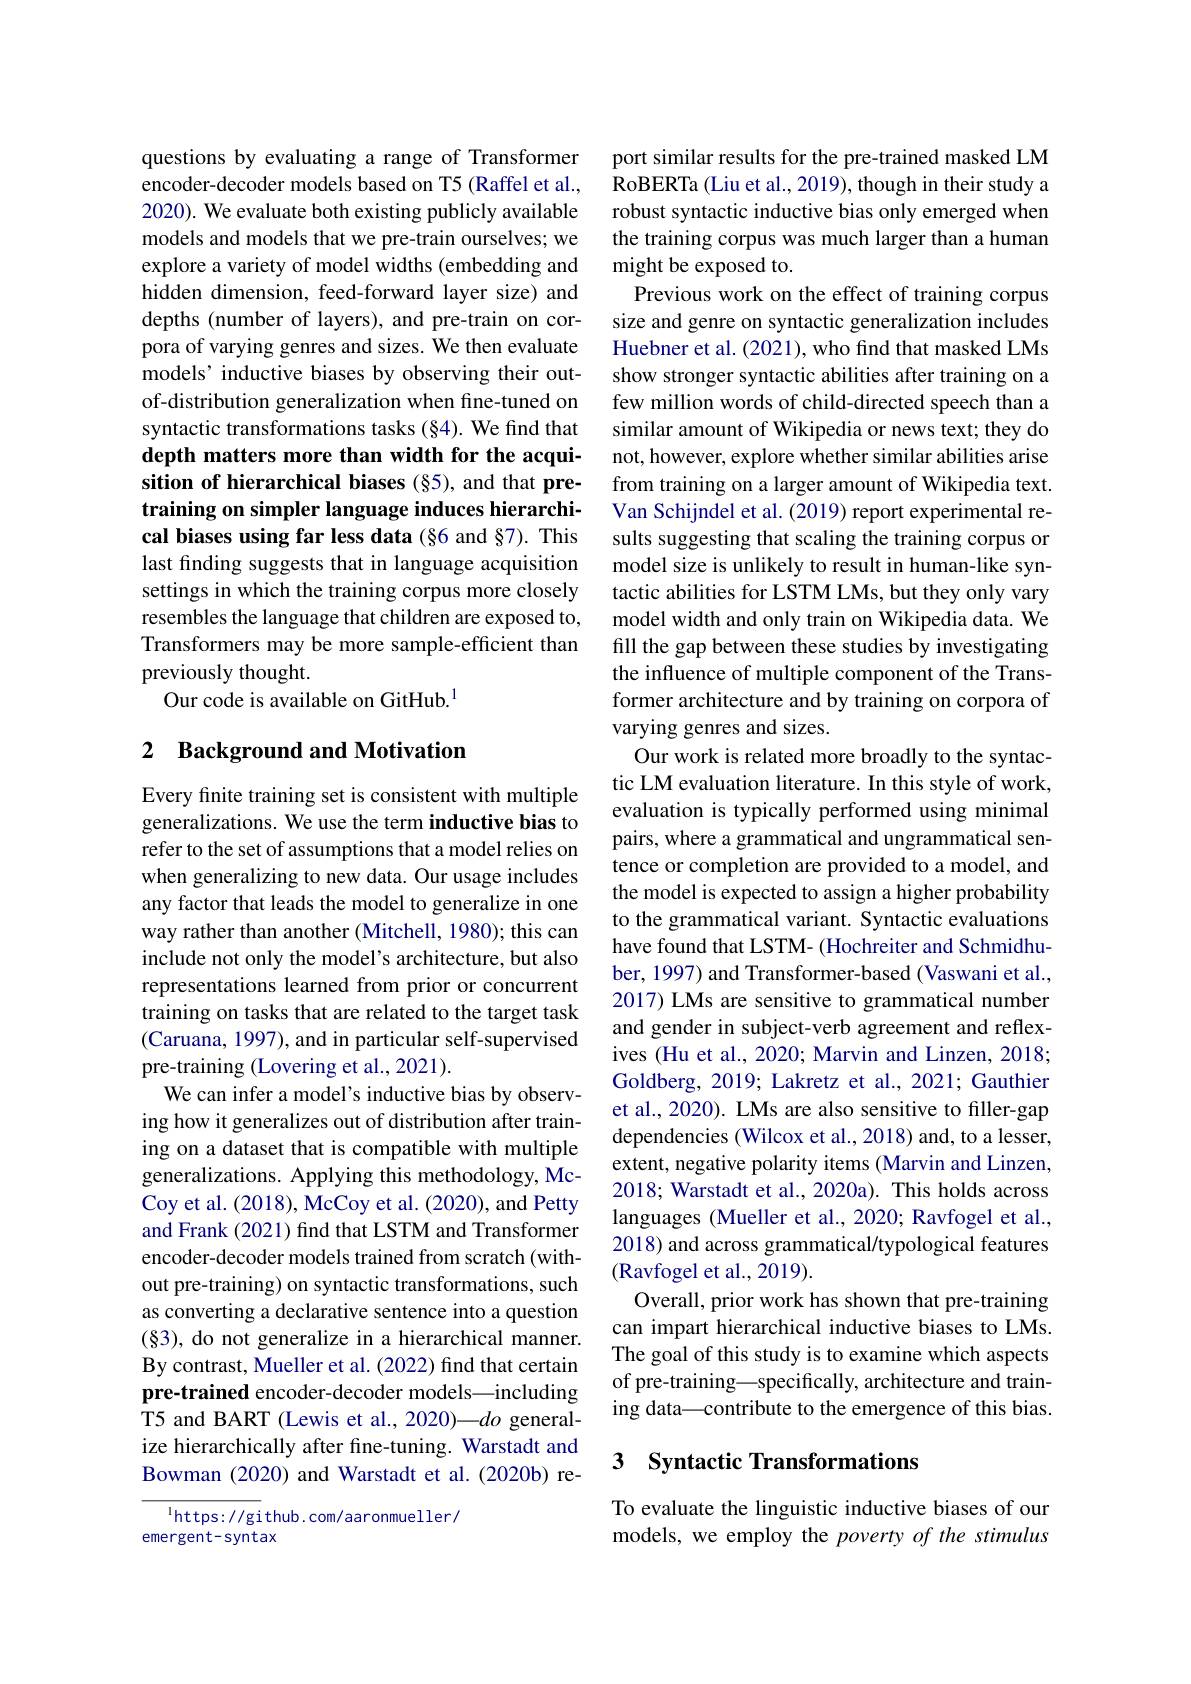
questions by evaluating a range of Transformer encoder-decoder models based on T5 (Raffel et al., 2020). We evaluate both existing publicly available models and models that we pre-train ourselves; we explore a variety of model widths (embedding and hidden dimension, feed-forward layer size) and depths (number of layers), and pre-train on corpora of varying genres and sizes. We then evaluate models’ inductive biases by observing their outof-distribution generalization when fine-tuned on syntactic transformations tasks (§4). We find that depth matters more than width for the acquisition of hierarchical biases (§5), and that pretraining on simpler language induces hierarchical biases using far less data (§6 and §7). This last finding suggests that in language acquisition settings in which the training corpus more closely resembles the language that children are exposed to, Transformers may be more sample-efficient than previously thought.
Our code is available on GitHub.$^{1}$

## 2 Background and Motivation

Every finite training set is consistent with multiple generalizations. We use the term inductive bias to refer to the set of assumptions that a model relies on when generalizing to new data. Our usage includes any factor that leads the model to generalize in one way rather than another (Mitchell, 1980); this can include not only the model's architecture, but also representations learned from prior or concurrent training on tasks that are related to the target task (Caruana, 1997), and in particular self-supervised pre-training (Lovering et al., 2021).
We can infer a model's inductive bias by observing how it generalizes out of distribution after training on a dataset that is compatible with multiple generalizations. Applying this methodology, McCoy et al. (2018), McCoy et al. (2020), and Petty and Frank (2021) find that LSTM and Transformer encoder-decoder models trained from scratch (without pre-training) on syntactic transformations, such as converting a declarative sentence into a question (§3), do not generalize in a hierarchical manner. By contrast, Mueller et al. (2022) find that certain pre-trained encoder-decoder models—including T5 and BART (Lewis et al., 2020)—$do$ generalize hierarchically after fine-tuning. Warstadt and Bowman (2020) and Warstadt et al.(2020b) re-

$^{1}$https: / / gi thub. com/ aaronmueller/
emergent-syntax

port similar results for the pre-trained masked LM RoBERTa (Liu et al., 2019), though in their study a robust syntactic inductive bias only emerged when the training corpus was much larger than a human might be exposed to.
Previous work on the effect of training corpus size and genre on syntactic generalization includes Huebner et al. (2021), who find that masked LMs show stronger syntactic abilities after training on a few million words of child-directed speech than a similar amount of Wikipedia or news text; they do not, however, explore whether similar abilities arise from training on a larger amount of Wikipedia text. Van Schijndel et al. (2019) report experimental results suggesting that scaling the training corpus or model size is unlikely to result in human-like syntactic abilities for LSTM LMs, but they only vary model width and only train on Wikipedia data. We fill the gap between these studies by investigating the influence of multiple component of the Transformer architecture and by training on corpora of varying genres and sizes.
Our work is related more broadly to the syntactic LM evaluation literature. In this style of work, evaluation is typically performed using minimal pairs, where a grammatical and ungrammatical sentence or completion are provided to a model, and the model is expected to assign a higher probability to the grammatical variant. Syntactic evaluations have found that LSTM- (Hochreiter and Schmidhuber, 1997) and Transformer-based (Vaswani et al., 2017) LMs are sensitive to grammatical number and gender in subject-verb agreement and reflexives (Hu et al., 2020; Marvin and Linzen, 2018; Goldberg, 2019; Lakretz et al., 2021; Gauthier et al., 2020). LMs are also sensitive to filler-gap dependencies (Wilcox et al., 2018) and, to a lesser, extent, negative polarity items (Marvin and Linzen, 2018; Warstadt et al., 2020a). This holds across languages (Mueller et al., 2020; Ravfogel et al., 2018) and across grammatical/typological features (Ravfogel et al., 2019).
Overall, prior work has shown that pre-training can impart hierarchical inductive biases to LMs. The goal of this study is to examine which aspects of pre-training—specifically, architecture and training data\_contribute to the emergence of this bias.

## 3 Syntactic Transformations

To evaluate the linguistic inductive biases of our models, we employ the poverty of the stimulus